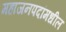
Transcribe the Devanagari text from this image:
महाजनपदांमधील